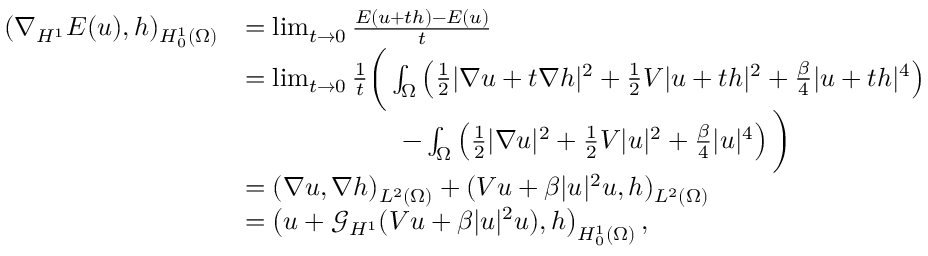
\begin{array} { r l } { ( \nabla _ { H ^ { 1 } } E ( u ) , h ) _ { H _ { 0 } ^ { 1 } ( \Omega ) } } & { = \operatorname* { l i m } _ { t \rightarrow 0 } \frac { E ( u + t h ) - E ( u ) } { t } } \\ & { = \operatorname* { l i m } _ { t \rightarrow 0 } \frac { 1 } { t } \bigg ( \int _ { \Omega } \left( \frac { 1 } { 2 } | \nabla u + t \nabla h | ^ { 2 } + \frac { 1 } { 2 } V | u + t h | ^ { 2 } + \frac { \beta } { 4 } | u + t h | ^ { 4 } \right) } \\ & { \qquad \qquad \qquad - \int _ { \Omega } \left( \frac { 1 } { 2 } | \nabla u | ^ { 2 } + \frac { 1 } { 2 } V | u | ^ { 2 } + \frac { \beta } { 4 } | u | ^ { 4 } \right) \bigg ) } \\ & { = ( \nabla u , \nabla h ) _ { L ^ { 2 } ( \Omega ) } + ( V u + \beta | u | ^ { 2 } u , h ) _ { L ^ { 2 } ( \Omega ) } } \\ & { = \left( u + \mathcal { G } _ { H ^ { 1 } } ( V u + \beta | u | ^ { 2 } u ) , h \right) _ { H _ { 0 } ^ { 1 } ( \Omega ) } , } \end{array}